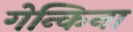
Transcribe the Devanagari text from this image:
गेन्किना